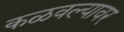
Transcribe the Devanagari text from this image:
कळवल्यावर